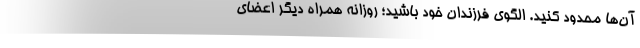
آن‌ها محدود کنید. الگوی فرزندان خود باشید؛ روزانه همراه دیگر اعضای